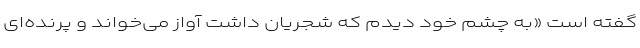
گفته است «به چشم خود دیدم که شجریان داشت آواز می‌خواند و پرنده‌ای